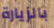
بالزيارة